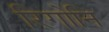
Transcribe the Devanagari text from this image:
रिगोनि